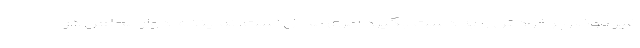
غیر موضوع خودش را به دست بگیرد امری محال است. نماینده ادوار مجلس در